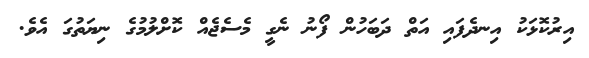
އިރުކޮޅަކު އިނދެފައި އަތް ދަބަހުން ފޯނު ނެގީ މެސެޖެއް ކޮށްލުމުގެ ނިޔަތުގަ އެވެ.